Punjab Mental Hospital Lahore 1922-31 - 1922-1931
Year: 1922
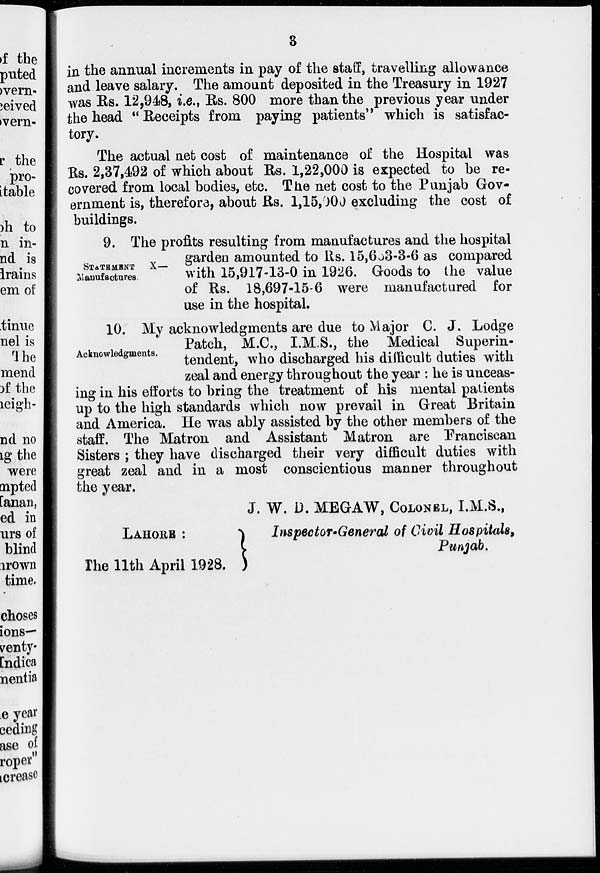
3
in the annual increments in pay of the staff, travelling allowance
and leave salary. The amount deposited in the Treasury in 1927
was Rs. 12,948, i.e., Rs. 800 more than the previous year under
the head "Receipts from paying patients" which is satisfac-
tory.
The actual net cost of maintenance of the Hospital was
Rs. 2,37,492 of which about Rs. 1,22,000 is expected to be re-
covered from local bodies, etc. The net cost to the Punjab Gov-
ernment is, therefore, about Rs. 1,15,000 excluding the cost of
buildings.
STATEMENT X—
Manufactures.
9. The profits resulting from manufactures and the hospital
garden amounted to Rs. 15,663-3-6 as compared
with 15,917-13-0 in 1926. Goods to the value
of Rs. 18,697-15-6 were manufactured for
use in the hospital.
Acknowledgments.
10. My acknowledgments are due to Major C. J. Lodge
Patch, M.C., I.M.S., the Medical Superin-
tendent, who discharged his difficult duties with
zeal and energy throughout the year : he is unceas-
ing in his efforts to bring the treatment of his mental patients
up to the high standards which now prevail in Great Britain
and America. He was ably assisted by the other members of the
staff. The Matron and Assistant Matron are Franciscan
Sisters ; they have discharged their very difficult duties with
great zeal and in a most conscientious manner throughout
the year.
LAHORE :
The 11th April 1928.
J. W. D. MEGAW, COLONEL, I.M.S.,
Inspector-Generel of Civil Hospitals,
Punjab.